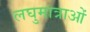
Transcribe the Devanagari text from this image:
लघुमात्राओं